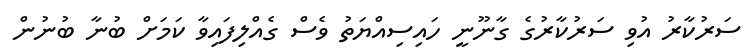
ސަރުކާރު އުވި ސަރުކާރުގެ ގާނޫނީ ހައިސިއްޔަތު ވެސް ގެއްލިފައިވާ ކަމަށް ބުނާ ބުނުން